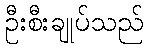
ဦးစီးချုပ်သည်